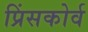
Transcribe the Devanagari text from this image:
प्रिंसकोर्व